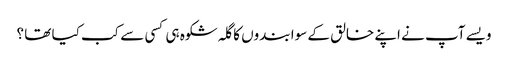
ویسے آپ نے اپنے خالق کے سوا بندوں کا گلہ شکوہ ہی کسی سے کب کیا تھا ؟